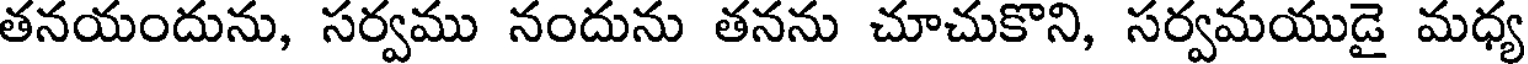
తనయందును, సర్వము నందును తనను చూచుకొని, సర్వమయుడై మధ్య